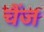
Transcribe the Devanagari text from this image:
चैंज